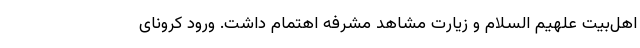
اهل‌بیت علهیم السلام و زیارت مشاهد مشرفه اهتمام داشت. ورود کرونای